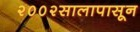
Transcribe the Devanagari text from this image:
२००२सालापासून